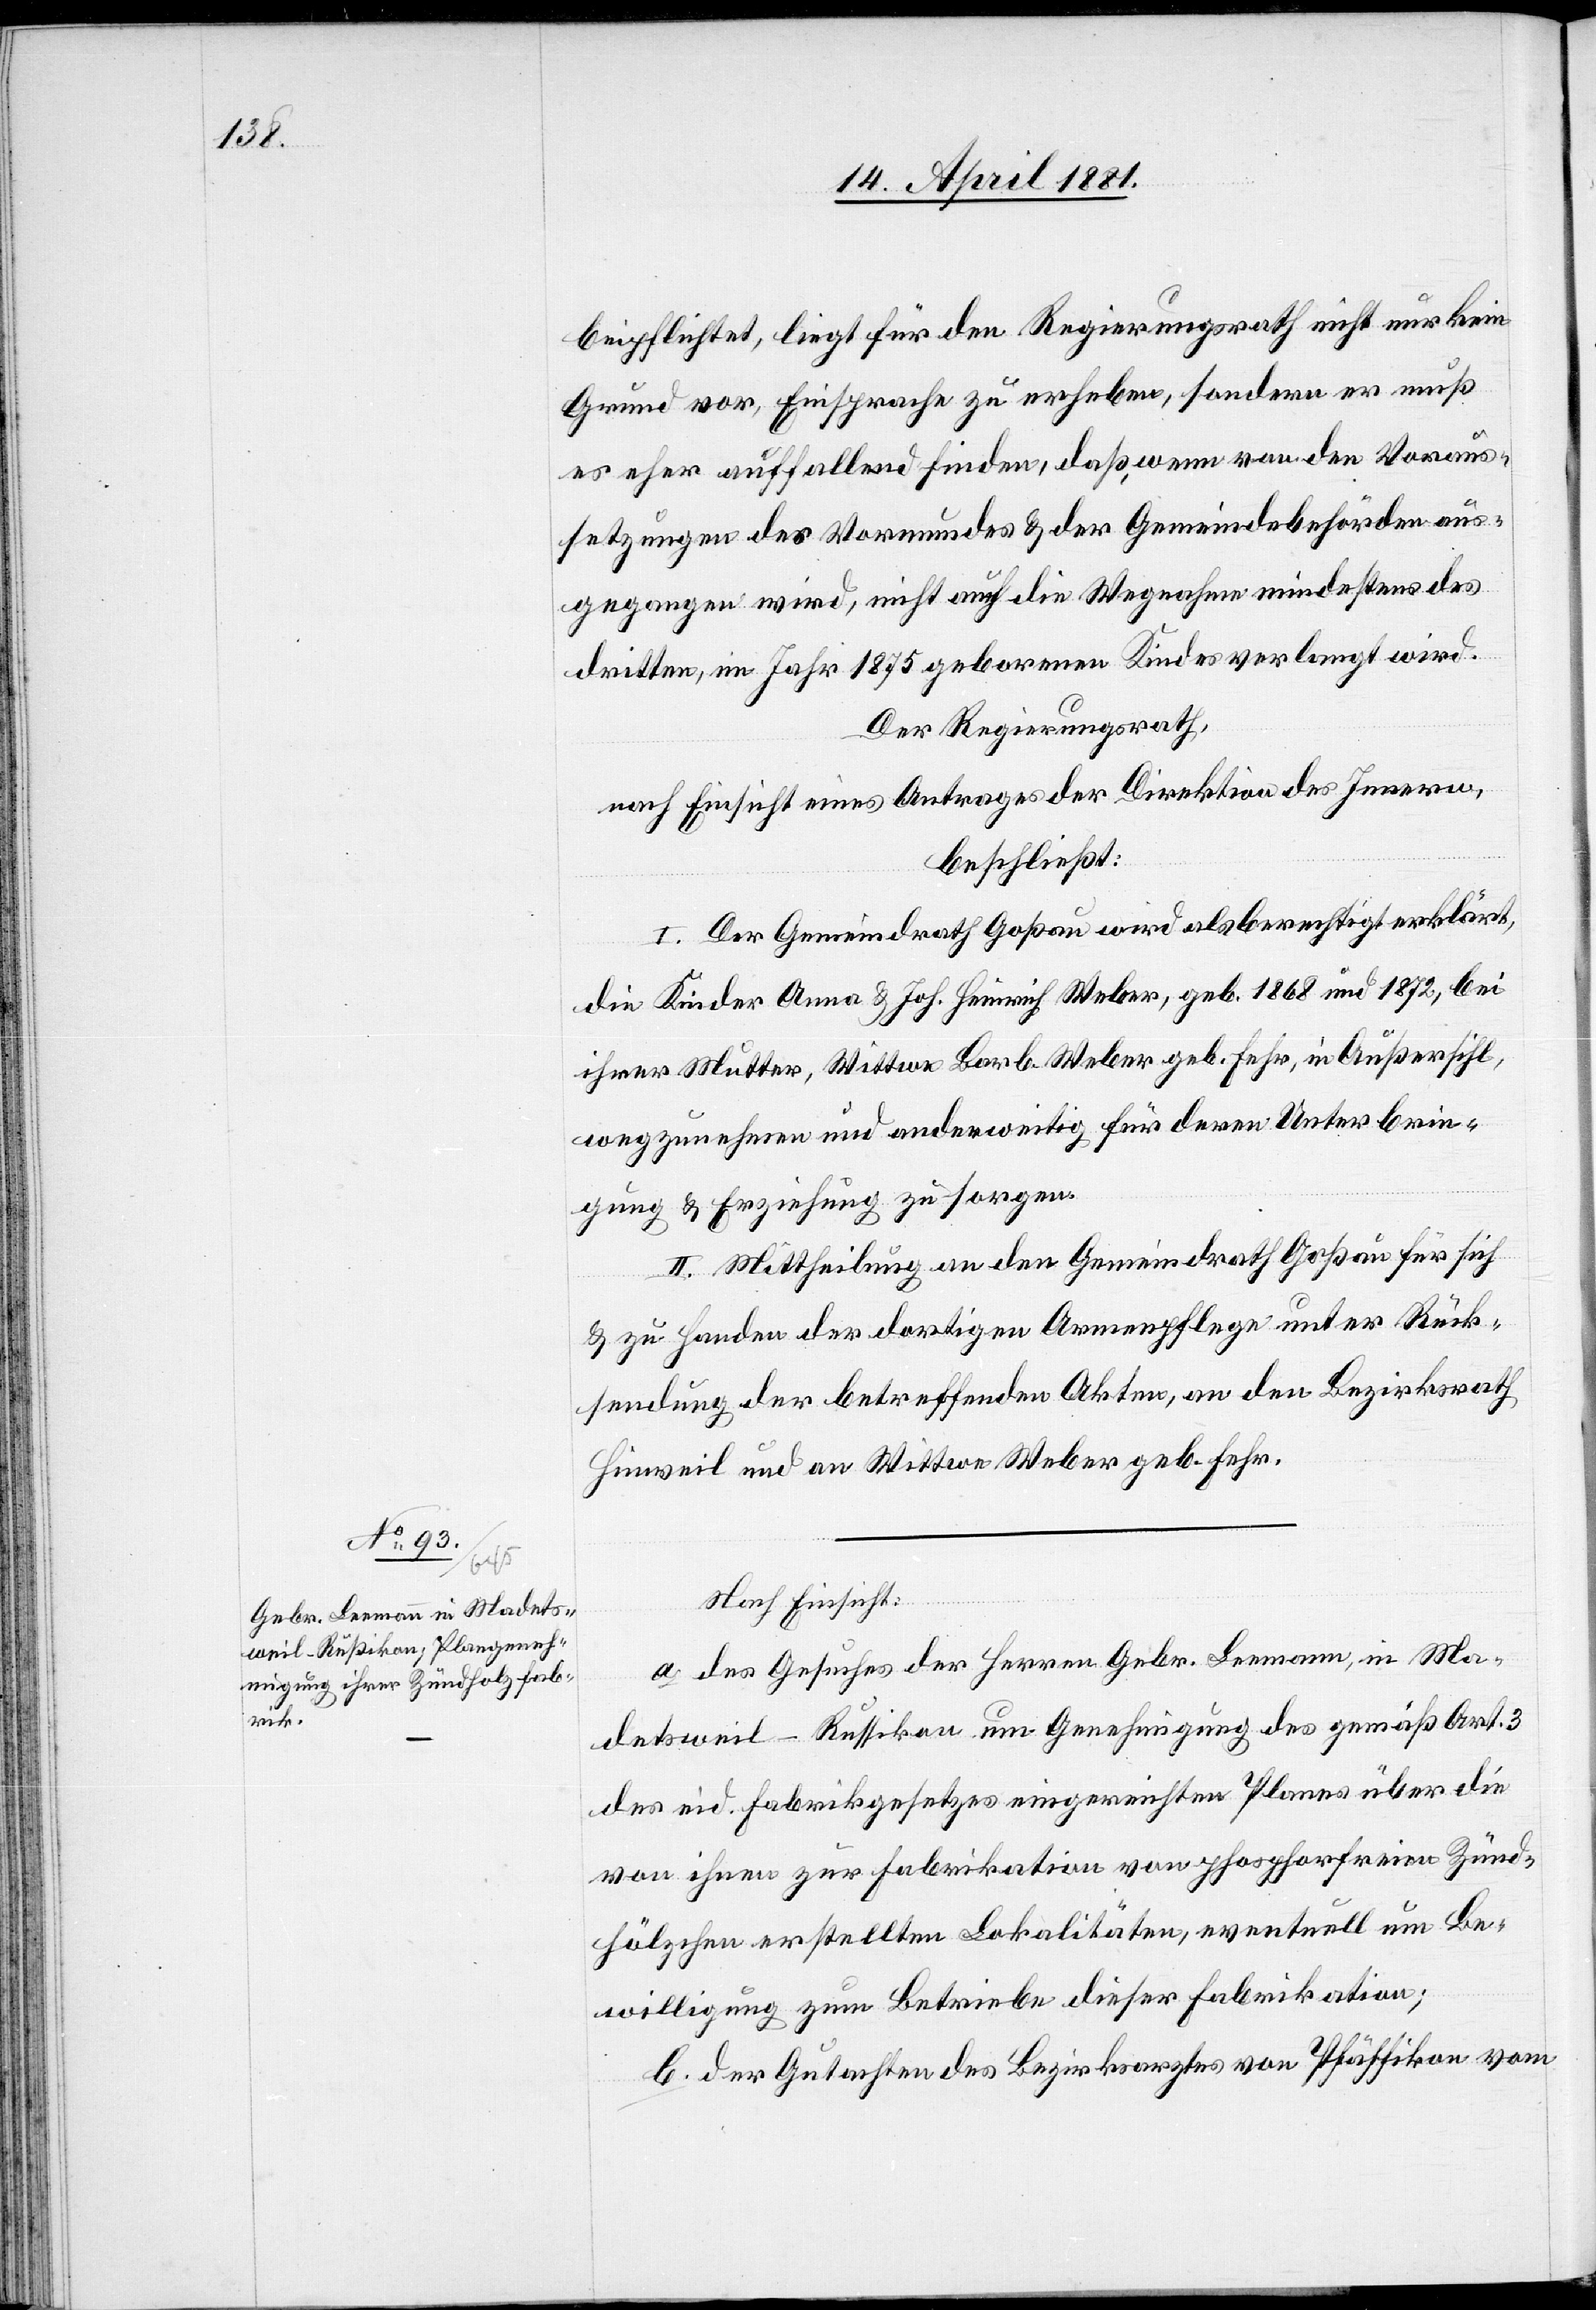
beipflichtet, liegt für den Regierungsrath nicht nur kein
Grund vor, Einsprache zu erheben, sondern er muß
es eher auffallend finden, daß wenn von den Voraus¬
setzungen des Vormundes & der Gemeindebehörden aus¬
gegangen wird, nicht auch die Wegnahme mindestens des
dritten, im Jahre 1875 geborenen Kind verlangt wird.
Der Regierungsrath,
nach Einsicht eines Antrages der Direktion des Innern,
beschließt:
I. Der Gemeindrath Goßau wird als berechtigt erklärt,
die Kinder Anna & Joh. Heinrich Weber, geb. 1868 und 1872, bei
ihrer Mutter, Wittwe Barb. Weber geb. Fehr, in Außersihl,
wegzunehmen und anderweitig für deren Unterbrin¬
gung & Erziehung zu sorgen.
II. Mittheilung an den Gemeindrath Goßau für sich
& zu Handen der dortigen Armenpflege unter Rück¬
sendung der betreffenden Akten, an den Bezirksrath
Hinweil und an Wittwe Weber geb. Fehr.
Nach Einsicht:
a. des Gesuches der Herren Gebr. Leemann, in Ma¬
detsweil - Russikon um Genehmigung des gemäß Art. 3
des eid. Fabrikgesetzes eingereichten Planes über die
von ihnen zur Fabrikation von Phosphorfreien Zünd¬
hölzchen erstellten Lokalitäten, eventuell um Be¬
willigung zum Betriebe dieser Fabrikation;
b. der Gutachten des Bezirksrathes von Pfäffikon vom